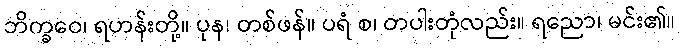
ဘိက္ခဝေ၊ ရဟန်းတို့။ ပုန၊ တစ်ဖန်။ ပရံ စ၊ တပါးတုံလည်း။ ရညော၊ မင်း၏။